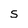
Character: S